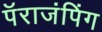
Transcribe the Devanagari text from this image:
पॅराजंपिंग